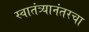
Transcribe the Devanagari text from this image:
स्वातंत्र्यानंतरचा